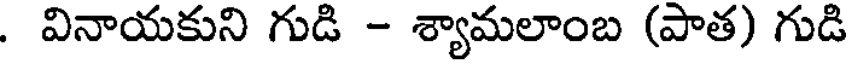
. వినాయకుని గుడి - శ్యామలాంబ (పాత) గుడి